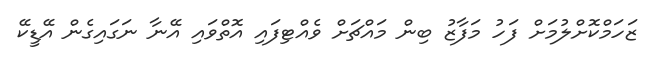
ޒަހަމްކޮށްލުމަށް ފަހު މަފާޒު ބިން މައްޗަށް ވެއްޓިފައި އޮތްވައި އޭނާ ނަގައިގެން އޭޑީކޭ